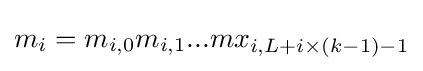
m_{i}=m_{i,0}m_{i,1}...mx_{i,L+i\times (k-1)-1}